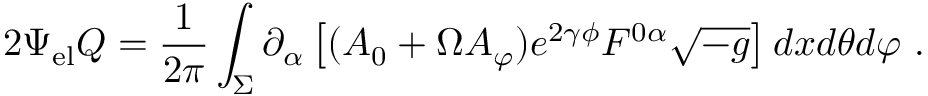
2 \Psi _ { \mathrm { e l } } Q = \frac { 1 } { 2 \pi } \int _ { \Sigma } \partial _ { \alpha } \left[ ( A _ { 0 } + \Omega A _ { \varphi } ) e ^ { 2 \gamma \phi } F ^ { 0 \alpha } \sqrt { - g } \right] d x d \theta d \varphi \ .